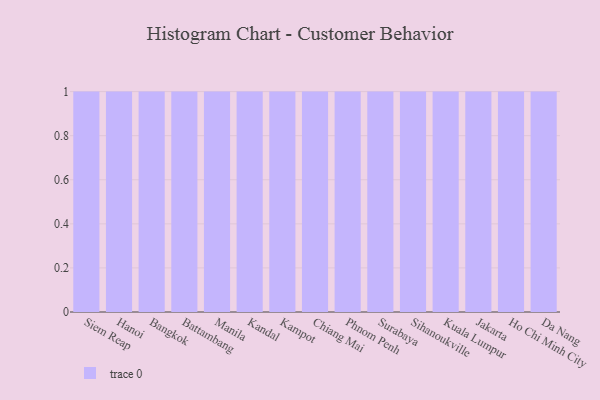
{"axis": {"x": "City", "y": "Latency (ms)"}, "legend": [""], "data": [{"x": "Siem Reap", "y": 90, "type": ""}, {"x": "Hanoi", "y": 23, "type": ""}, {"x": "Bangkok", "y": 8, "type": ""}, {"x": "Battambang", "y": 100, "type": ""}, {"x": "Manila", "y": 51, "type": ""}, {"x": "Kandal", "y": 71, "type": ""}, {"x": "Kampot", "y": 35, "type": ""}, {"x": "Chiang Mai", "y": 69, "type": ""}, {"x": "Phnom Penh", "y": 53, "type": ""}, {"x": "Surabaya", "y": 3, "type": ""}, {"x": "Sihanoukville", "y": 85, "type": ""}, {"x": "Kuala Lumpur", "y": 63, "type": ""}, {"x": "Jakarta", "y": 97, "type": ""}, {"x": "Ho Chi Minh City", "y": 17, "type": ""}, {"x": "Da Nang", "y": 8, "type": ""}]}